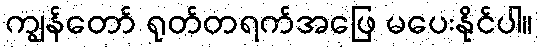
ကျွန်တော် ရုတ်တရက်အဖြေ မပေးနိုင်ပါ။